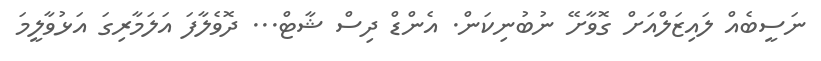
ނަސީބެއް ލައިޒަލްއަށް ގޮވާށޭ ނުބުނިކަން. އެންޑް ދިސް ޝާޓް... ދޮވެލާފަ އަލަމާރިގަ އަޅުވާލީމަ